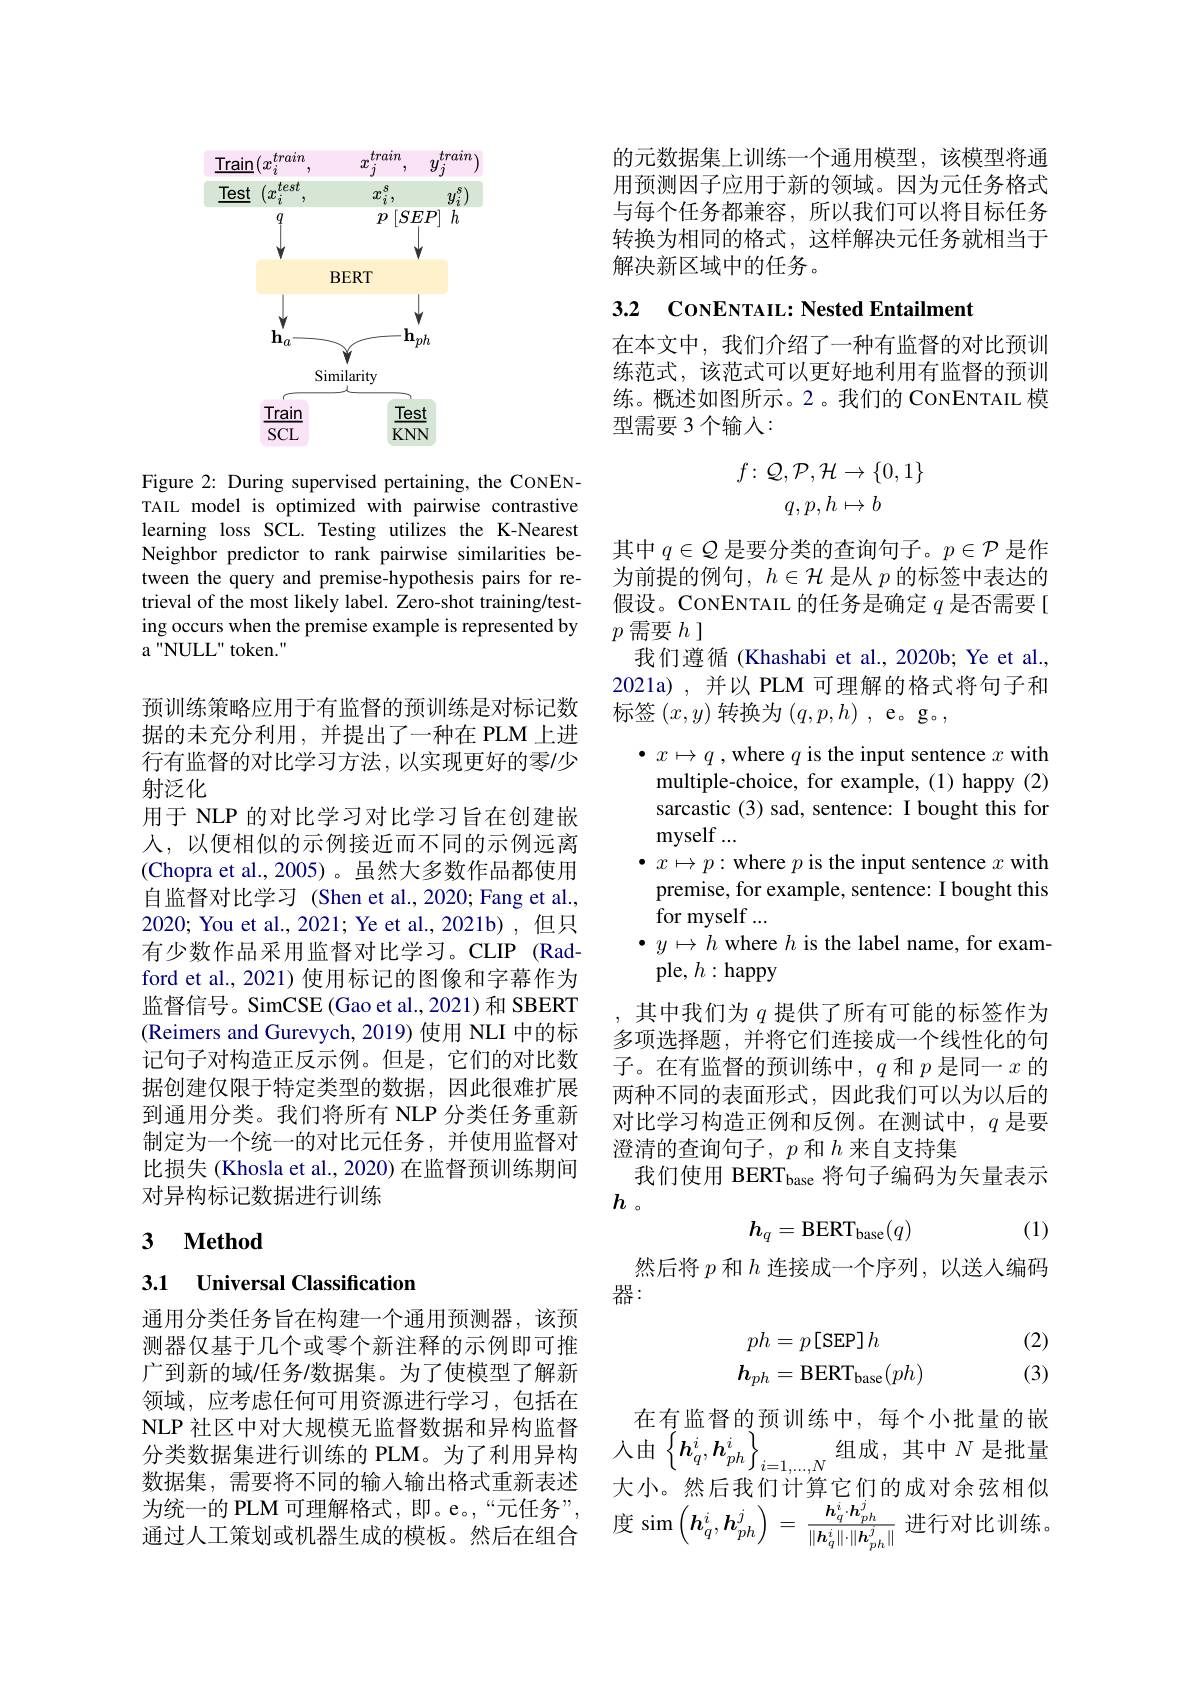
<FigureHere>

Figure 2: During supervised pertaining, the CoNENTAIL model is optimized with pairwise contrastive learning loss SCL. Testing utilizes the K-Nearest Neighbor predictor to rank pairwise similarities between the query and premise-hypothesis pairs for retrieval of the most likely label. Zero-shot training/testing occurs when the premise example is represented by a "NULL" token."

预训练策略应用于有监督的预训练是对标记数据的未充分利用，并提出了一种在 PLM 上进行有监督的对比学习方法，以实现更好的零/少射泛化
用于 NLP 的对比学习对比学习旨在创建嵌人，以便相似的示例接近而不同的示例远离(Chopra et al.,2005)。虽然大多数作品都使用自监督对比学习 (Shen et al., 2020; Fang et al., 2020; You et al., 2021; Ye et al., 2021b) , 但只有少数作品采用监督对比学习。CLIP(Radford et al., 2021) 使用标记的图像和字幕作为监督信号。SimCSE(Gao et al.,2021)和 SBERT (Reimers and Gurevych, 2019) 使用 NLI 中的标记句子对构造正反示例。但是，它们的对比数据创建仅限于特定类型的数据，因此很难扩展到通用分类。我们将所有 NLP 分类任务重新制定为一个统一的对比元任务，并使用监督对比损失 (Khosla et al., 2020) 在监督预训练期间对异构标记数据进行训练

# 3 $\textbf{Method}$

3.1 Universal Classification

通用分类任务旨在构建一个通用预测器，该预测器仅基于几个或零个新注释的示例即可推广到新的域/任务/数据集。为了使模型了解新领域，应考虑任何可用资源进行学习，包括在NLP 社区中对大规模无监督数据和异构监督NLP 社 区 中 对 大 规 模 无 监 督 数 据 和 异 构 监 督 在 有 血 自 的 顶 训 练 干 , 每 十 万 机 里 的 的 分 类 数 据 集 进 行 训 练 的 PLM。为 了 利 用 异 构 人 由 $\left \{ \boldsymbol{h}_q^i, \boldsymbol{h}_{ph}^i\right \} _{i= 1, \ldots , N}$组 成 , 其 中 $N$ 是 批 量 数 据 隼 霎 要 紧 不 同 的 输 入 输 出 格 式 重 新 表 述 士 小 维 二 种 问 法 律 定 们 的 书 对 今 球 坦
数据集，需要将不同的输入输出格式重新表述为统一的 PLM 可理解格式，即。e。,“元任务”, 通过人工策划或机器生成的模板。然后在组合

的元数据集上训练一个通用模型，该模型将通用预测因子应用于新的领域。因为元任务格式与每个任务都兼容，所以我们可以将目标任务转换为相同的格式，这样解决元任务就相当于解决新区域中的任务。

3.2 CoNENTAIL: Nested Entailment

在本文中，我们介绍了一种有监督的对比预训练范式，该范式可以更好地利用有监督的预训练。概述如图所示。2。我们的 CoNENTAIL 模型需要 3 个输入：
$$\begin{matrix}f\colon\mathcal{Q},\mathcal{P},\mathcal{H}\to\{0,1\}\\q,p,h\mapsto b\end{matrix}$$
其中$q\in\mathcal{Q}$是要分类的查询句子。$p\in\mathcal{P}$是作

为前提的例句，$h\in\mathcal{H}$是从$p$的标签中表达的

假设。CONENTAIL 的任务是确定$q$是否需要[

$p$ 需要$h$ ]

我们遵循(Khashabi et al., 2020b; Ye et al.

2021a) ,并以 PLM 可理解的格式将句子和

标签$(x,y)$转换为$(q,p,h)$ ,e。g。,

$\bullet x\mapsto q$ ,where $q$ is the input sentence $x$ with

multiple-choice, for example, (1) happy (2)

sarcastic (3) sad, sentence: I bought this for

myself ...

$\bullet$ $x\mapsto p:$where $p$ is the input sentence $x$ with

premise, for example, sentence: I bought this

for myself ...

$\bullet y\mapsto h$ where $h$ is the label name, for exam-

ple, $h:$happy

,其中我们为$q$提供了所有可能的标签作为多项选择题，并将它们连接成一个线性化的句子。在有监督的预训练中，$q$和$p$是同一$x$的两种不同的表面形式，因此我们可以为以后的对比学习构造正例和反例。在测试中，$q$是要澄清的查询句子，$p$和$h$来自支持集
我们使用 BERT$_\mathrm{base}$将句子编码为矢量表示
$h$。
(1)
$$h_q=\mathrm{BERT}_{\mathrm{base}}(q)$$
然后将$p$和$h$连接成一个序列，以送入编码
器：

(2) (3)
$$\begin{aligned}ph&=p\left[\text{SEP}\right]h\\h_{ph}&=\text{BERT}_{\text{base}}(ph)\end{aligned}$$
在有监督的预训练中，每个小批量的嵌大小。然后我们计算它们的成对余弦相似度$\sin\left(\boldsymbol{h}_{q}^{i},\boldsymbol{h}_{ph}^{j}\right)=\frac{\boldsymbol{h}_{q}^{i}\cdot\boldsymbol{h}_{ph}^{j}}{\|\boldsymbol{h}_{q}^{i}\|\cdot\|\boldsymbol{h}_{ph}^{j}\|}$进行对比训练